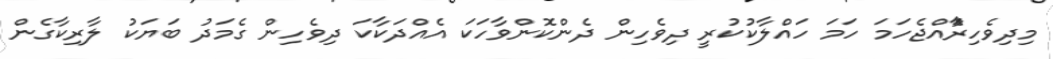
މިދިވެހިރަާެއްޖެހަމަ ހަަމަ ހަައްލާކުކުރީ ދިވެހިން ދެންކޮންވާހަކަ އެއްދަކާކަ ދިވެހިން ގެމަދު ބަޔަކު ލާރިކާގެން